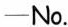
—No.